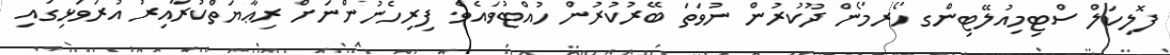
ފޮލިކަލް ސްޓިމިއުލޭޓިންގ ހޯރމޯން ދޫކުރުން ނުވަތަ ބޭރުކުރުން ހުއްޓުވައެވެ. ފިރިހެނުންނަށް ރިޢާޔަތްކުރާއިރު އުރަވަޅިގައި